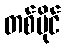
တစ်ပိုင်